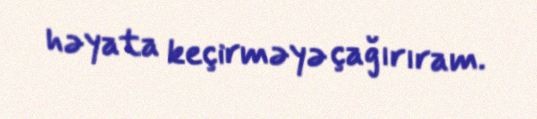
həyata keçirməyə çağırıram.